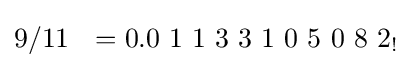
9/11\ \ =0.0\ 1\ 1\ 3\ 3\ 1\ 0\ 5\ 0\ 8\ 2_{!}